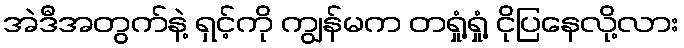
အဲဒီအတွက်နဲ့ ရှင့်ကို ကျွန်မက တရှုံ့ရှုံ့ ငိုပြနေလို့လား